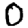
Digit: 0